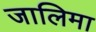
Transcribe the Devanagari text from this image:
जालिमा